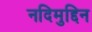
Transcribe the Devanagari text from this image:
नदिमुद्दिन